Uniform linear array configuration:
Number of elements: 64
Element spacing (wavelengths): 0.75
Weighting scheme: cosine
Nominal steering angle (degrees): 15
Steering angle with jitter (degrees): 16.228
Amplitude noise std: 0.05
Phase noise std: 0.05

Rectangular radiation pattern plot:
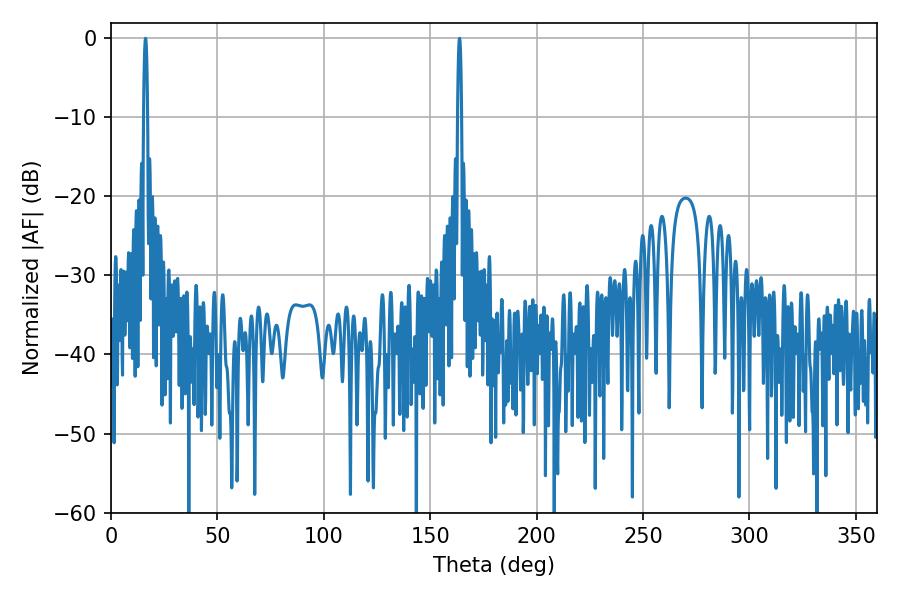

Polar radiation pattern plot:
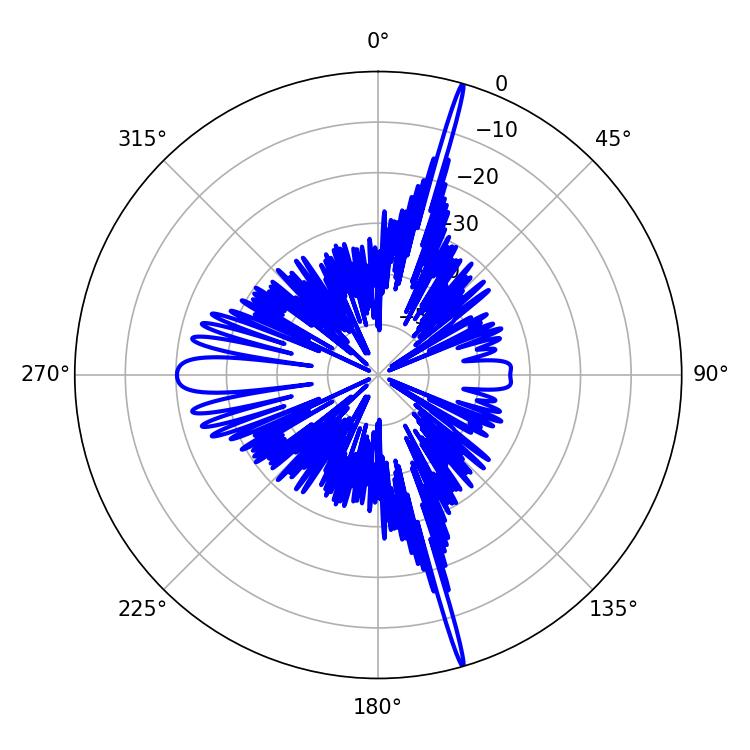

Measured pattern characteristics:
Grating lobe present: TRUE
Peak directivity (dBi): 23.218
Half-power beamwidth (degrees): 1.08
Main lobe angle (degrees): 16.2